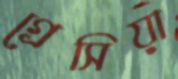
গ্রেসিয়া